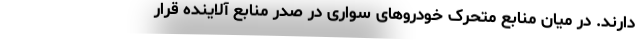
دارند. در میان منابع متحرک خودروهای سواری در صدر منابع آلاینده قرار